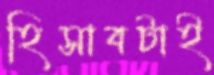
হিসাবটাই